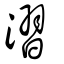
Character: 漝